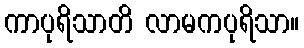
ကာပုရိသာတိ လာမကပုရိသာ။